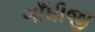
ગાઁધીજી